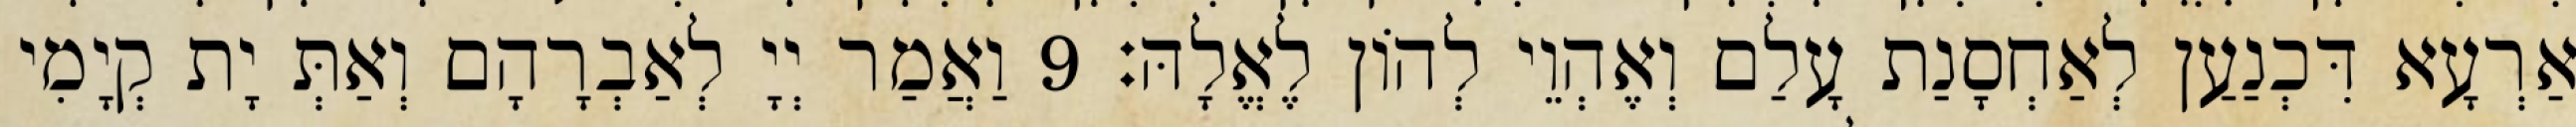
אַרְעָא דִּכְנַעַן לְאַחְסָנַת עָלַם וְאֶהְוֵי לְהוֹן לֶאֱלָהּ׃ 9 וַאֲמַר יְיָ לְאַבְרָהָם וְאַתְּ יָת קְיָמִי